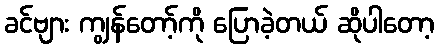
ခင်ဗျား ကျွန်တော့်ကို ပြောခဲ့တယ် ဆိုပါတော့